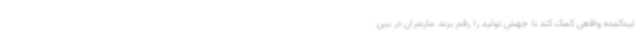
لیدکننده واقعی کمک کند تا جهش تولید را رقم بزند. مازندران در بین